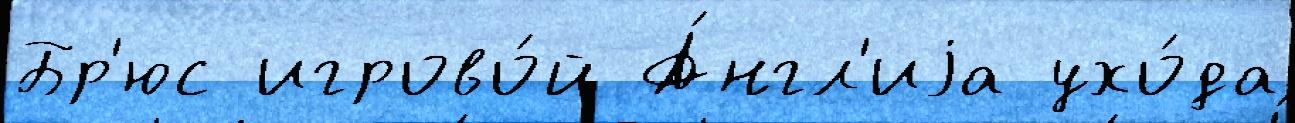
Бр'юс игрово́й А́нгл'иjа ухо́да